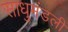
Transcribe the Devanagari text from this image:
साधुमंडली